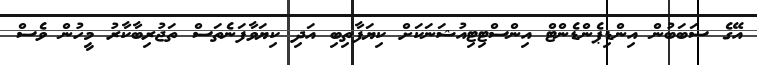
އޭގެ ސަބަބުން އިންޑިޕެންޑެންޓް އިންސްޓިޓިއުޝަނަކަށް ކިޔަފާތިބި އަދި ކިޔަވާފަނެތަސް ތަޖުރިބާކާރު މީހުން ވެސް